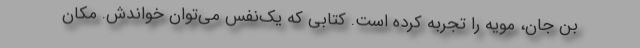
بنِ جان، مویه را تجربه کرده است. کتابی که یک‌نفس می‌توان خواندش. مکان